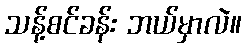
သန့်စင်ခန်း ဘယ်မှာလဲ။